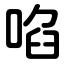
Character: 啗